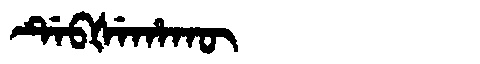
Manchu: ᡩᡝᠪᡧᡝᡥᠠᡴᡡ
Romanization: DEBŠEHAKŪ